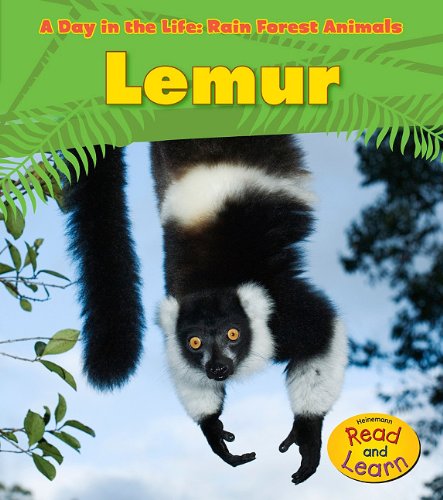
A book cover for Lemur (A Day in the Life: Rain Forest Animals); Anita Ganeri; Science & Math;